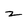
Character: z